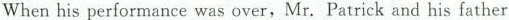
When his performance was overMr.Patrick and his father